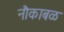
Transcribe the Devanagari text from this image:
नौकाबळ